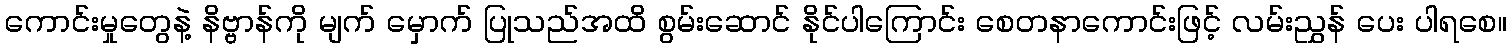
ကောင်းမှုတွေနဲ့ နိဗ္ဗာန်ကို မျက် မှောက် ပြုသည်အထိ စွမ်းဆောင် နိုင်ပါကြောင်း စေတနာကောင်းဖြင့် လမ်းညွှန် ပေး ပါရစေ။